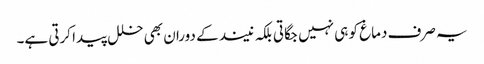
یہ صرف دماغ کو ہی نہیں جگاتی بلکہ نیند کے دوران بھی خلل پیدا کرتی ہے۔